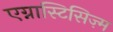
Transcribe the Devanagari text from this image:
एग्नास्टिसिज़्म